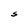
Character: S